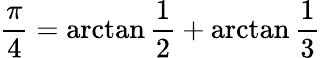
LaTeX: {\frac{\pi}{4}}=\arctan{\frac{1}{2}}+\arctan{\frac{1}{3}}